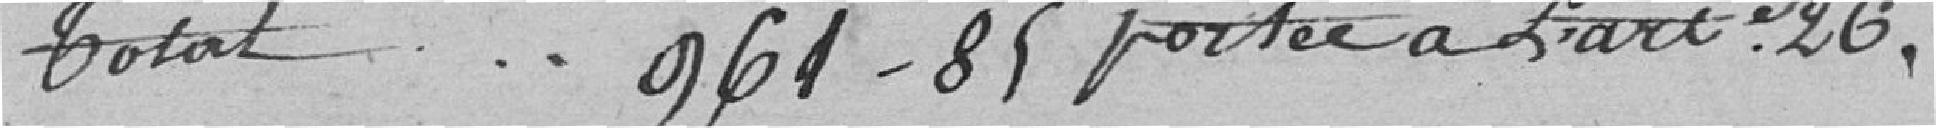
Total 961- 85 portée à l'article 26